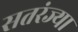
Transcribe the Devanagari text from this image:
सतरंज्या